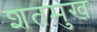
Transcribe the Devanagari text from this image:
शतमुखः